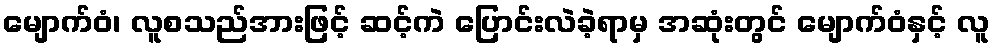
မျောက်ဝံ၊ လူစသည်အားဖြင့် ဆင့်ကဲ ပြောင်းလဲခဲ့ရာမှ အဆုံးတွင် မျောက်ဝံနှင့် လူ